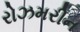
રોઝમરીન